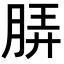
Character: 𬚼